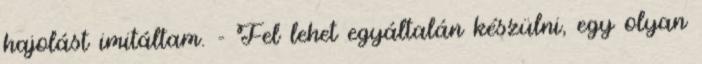
hajolást imitáltam. - Fel lehet egyáltalán készülni, egy olyan